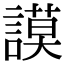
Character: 謨